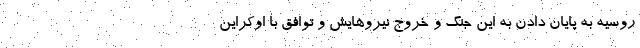
روسیه به پایان دادن به این جنگ و خروج نیروهایش و توافق با اوکراین